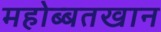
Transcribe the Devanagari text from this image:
महोब्बतखान